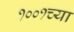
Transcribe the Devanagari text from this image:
१००१च्या